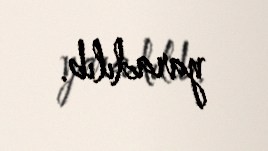
yaradılıb.